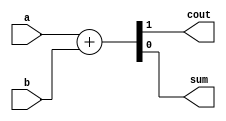
module top_module(
    input  wire a,
    input  wire b,
    output wire cout, 
    output wire sum
);
    
    assign {cout, sum} = a + b;

endmodule